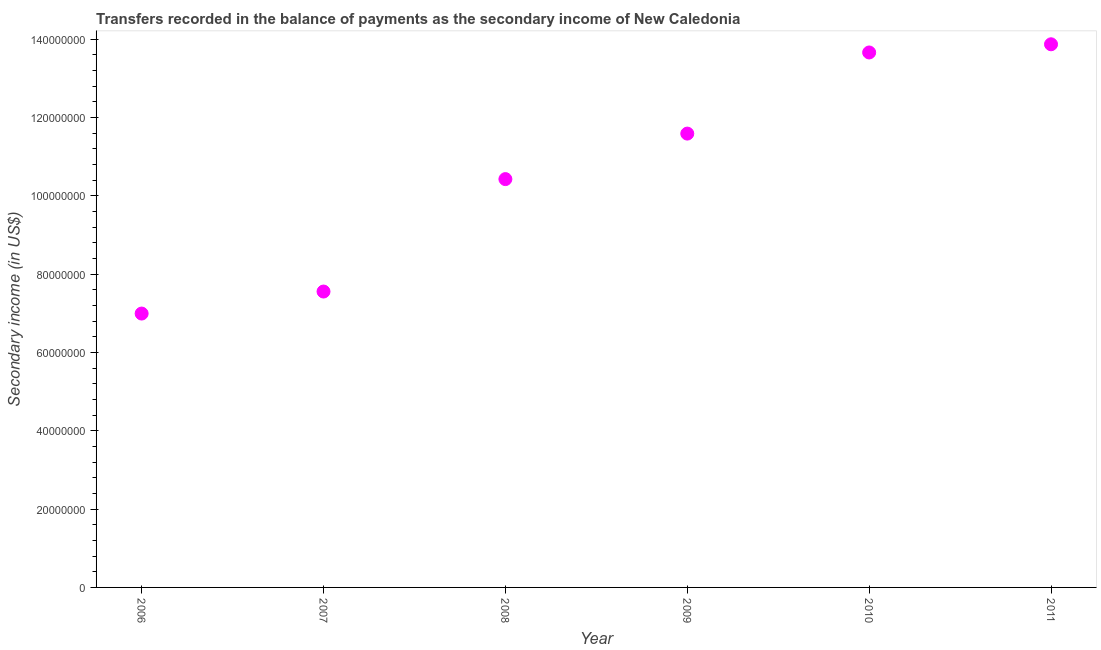
| Year | Secondary income |
 | --- | --- |
 | 2006 | 6.99e+07 |
 | 2007 | 7.55e+07 |
 | 2008 | 1.04e+08 |
 | 2009 | 1.16e+08 |
 | 2010 | 1.37e+08 |
 | 2011 | 1.39e+08 |